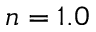
n = 1 . 0